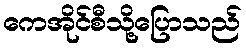
ကေအိုင်စီသို့ပြောသည်